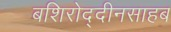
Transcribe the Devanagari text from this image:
बशिरोद्दीनसाहब